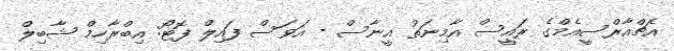
އެޗްއާރްސީއެމްގެ ރައީސް އާމިނަތު އީނާސް - އަވަސް ފައިލް ފޮޓޯ: އިބްރާހިމް ޝާބިލް